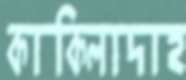
কাকিলাদাহ